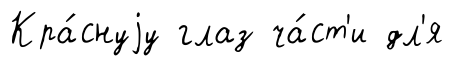
Кра́снуjу глаз ча́ст'и дл'я